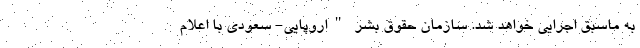
به ماسبق اجرایی خواهد شد. سازمان حقوق بشر "اروپایی- سعودی با اعلام